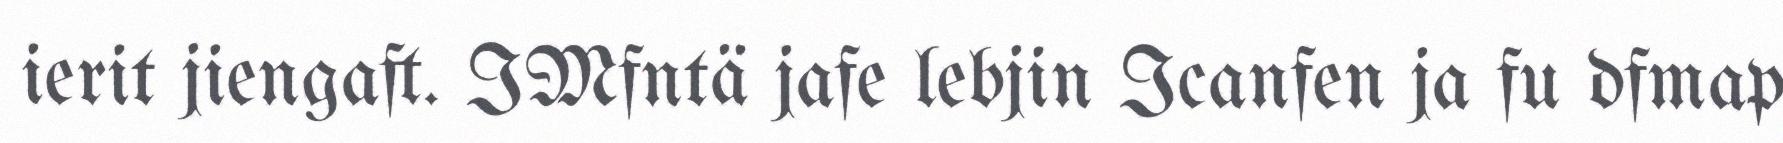
ierit jiengaft. IMfntä jafe lebjin Icanfen ja fu dfmap